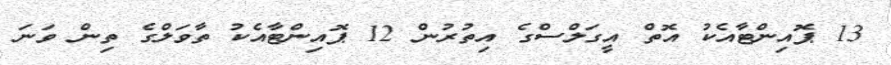
13 ޕޮއިންޓާއެކު އޮތް އީގަލްސްގެ އިތުރުން 12 ޕޮއިންޓާއެކު ތާވަލްގެ ތިން ވަނަ